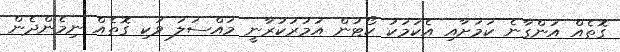
ގޮތެއް އަންގާނެ ކަމަށާއި އެކަމަކު ކޯޓުން އަމުރުކުރާނީ މައްސަލަ ވަކި ގޮތެއް ނިމެންދެން